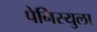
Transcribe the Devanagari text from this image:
पेनिस्युला